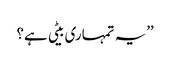
’’یہ تمہاری بیٹی ہے؟